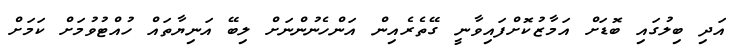
އަދި ބިލުގައި ބޮޑަށް އަމާޒުކޮށްފައިވާނީ ގޭތެރެއިން އަންހެނުންނަށް ލިބޭ އަނިޔާތައް ހުއްޓުވުމަށް ކަމަށް